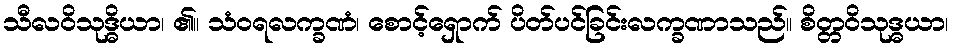
သီလဝိသုဒ္ဓိယာ၊ ၏။ သံဝရလက္ခဏံ၊ စောင့်ရှောက် ပိတ်ပင်ခြင်းလက္ခဏာသည်။ စိတ္တဝိသုဒ္ဓယာ၊